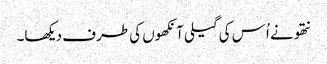
نتھو نے اُس کی گیلی آنکھوں کی طرف دیکھا۔